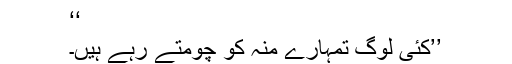
‘‘
’’کئی لوگ تمہارے منہ کو چومتے رہے ہیں۔